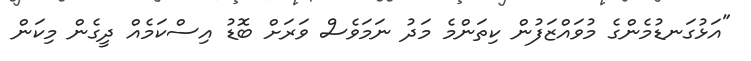
"އަޅުގަނޑުމެންގެ މުވައްޒަފުން ކިތަންމެ މަދު ނަމަވެސް ވަރަށް ބޮޑު އިސްކަމެއް ދީގެން މިކަން